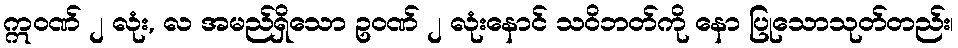
ဣဝဏ် ၂ လုံး, လ အမည်ရှိသော ဥဝဏ် ၂ လုံးနောင် သဝိဘတ်ကို နော ပြုသောသုတ်တည်း၊